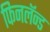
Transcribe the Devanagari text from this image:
फिनलॅन्ड